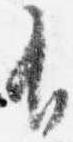
有